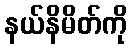
နယ်နိမိတ်ကို